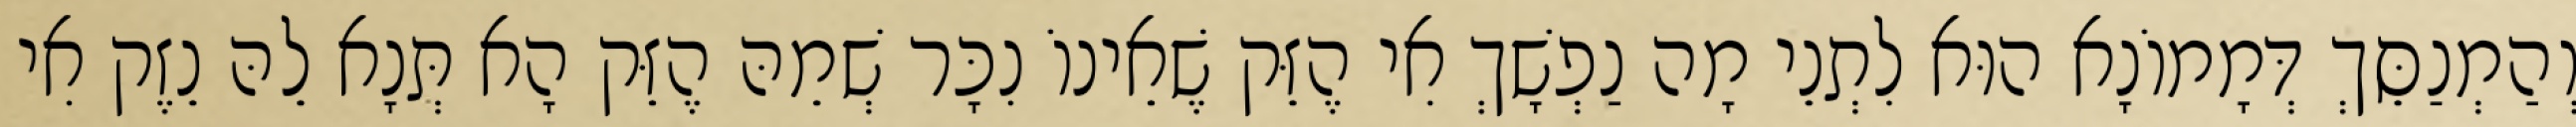
וְהַמְנַסֵּךְ דְּמָמוֹנָא הוּא לִתְנֵי מָה נַפְשָׁךְ אִי הֶזֵּק שֶׁאֵינוֹ נִכָּר שְׁמֵהּ הֶזֵּק הָא תְּנָא לֵהּ נֵזֶק אִי